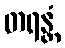
တရန္တံ